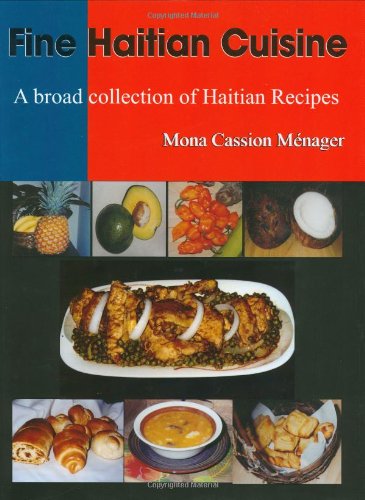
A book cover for Fine Haitian Cuisine; Mona Cassion Menager; Cookbooks, Food & Wine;